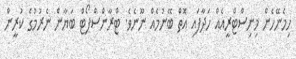
ހިމެނޭހެން މިނިސްޓްރީއެއް ހަދާފައި އޮތް ބޭނުމެއް ނޫނެވެ. ޓްރާންސްޕޯޓް ބަޔާން ނެރުމުގެ ކުރީން